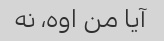
آیا من اوه، نه